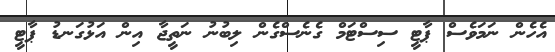
އެހެން ނަމަވެސް ޕާޓީ ސިސްޓަމް ގެނެސްގެން ލިބުނު ނަތީޖާ އިން އަޅުގަނޑު ޕާޓީ